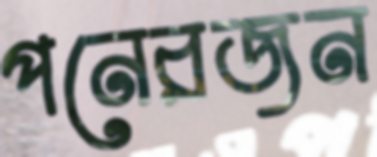
পনেরজন